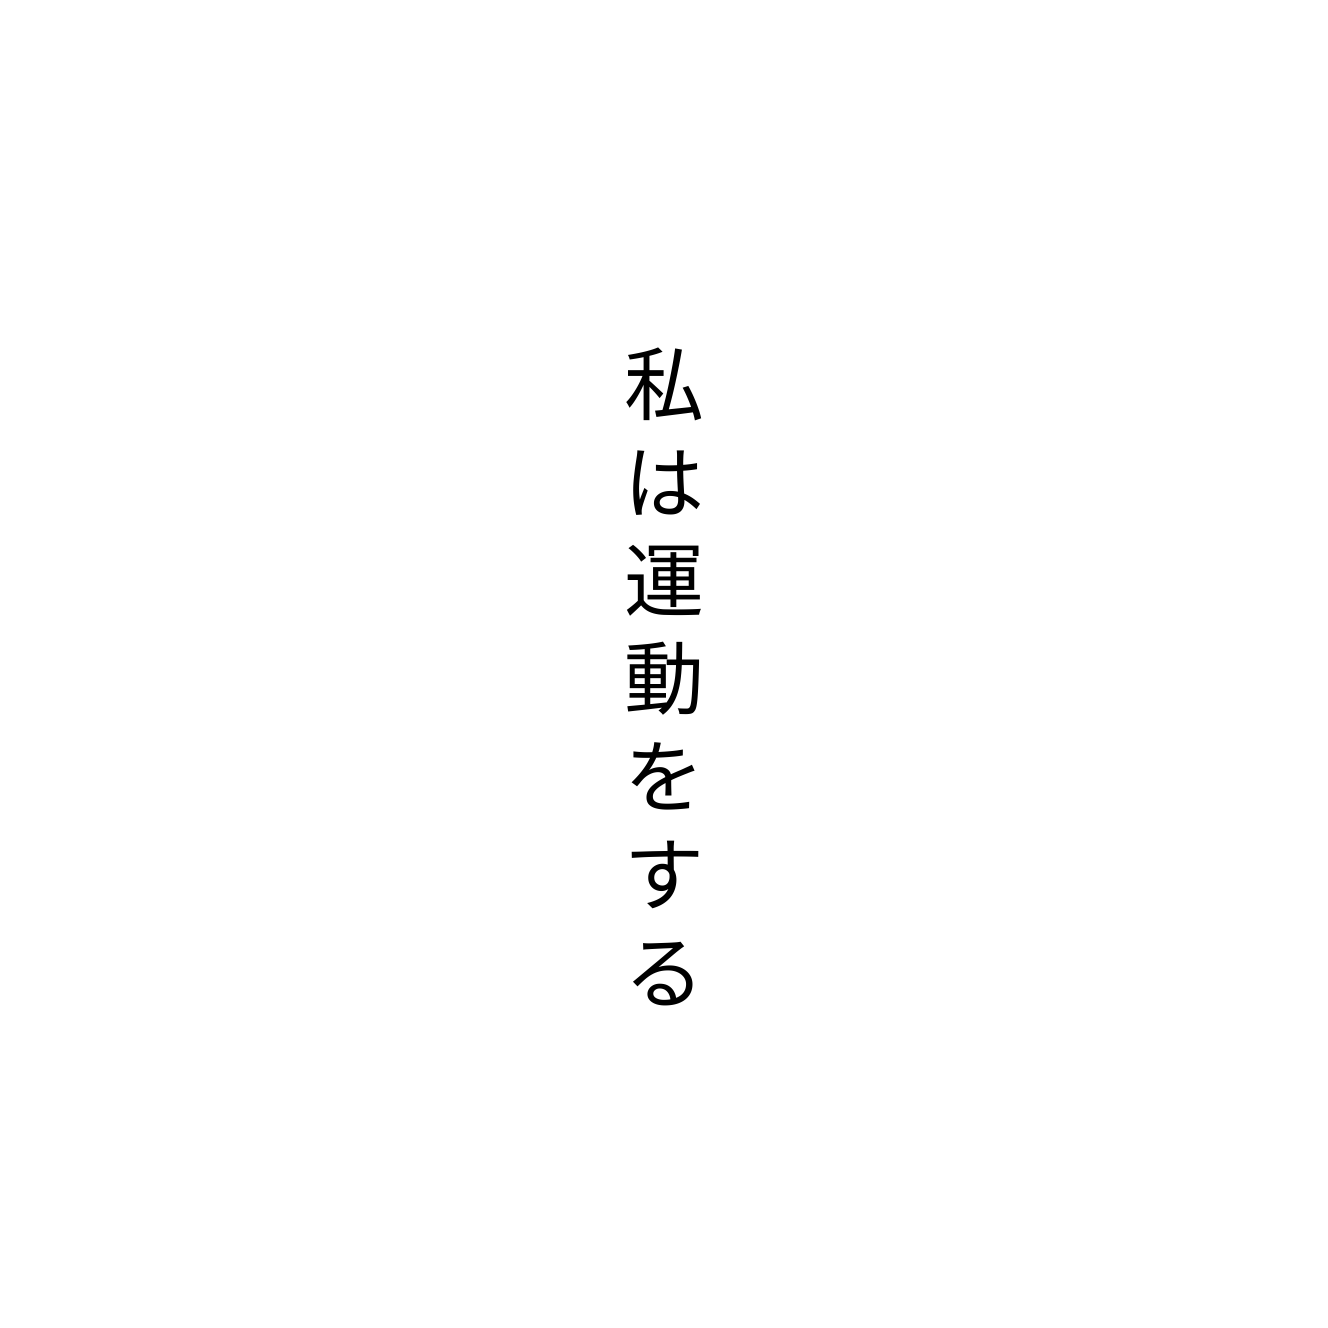
私は運動をする